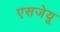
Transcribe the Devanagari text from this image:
एसजेयू